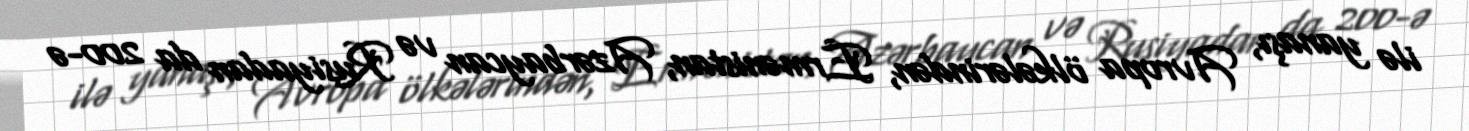
ilə yanaşı, Avropa ölkələrindən, Ermənistan, Azərbaycan və Rusiyadan da 200-ə